system: You are a helpful assistant.
user:
Analyze the provided spectrum to determine if it is a **Carbon Star (C-type)**.

- **Key Visual Indicators of Carbon Star:**
    - **(Primary):** Strong molecular absorption from **C₂ (diatomic carbon) "Swan Bands."** This is the **defining feature** of a carbon star.
        - **(Key Bandheads):** Sharp absorption edges are visible at approximately $5635$ Å, $5165$ Å (the strongest band), and $4737$ Å.
        - **(Line Profile):** Creates a distinct **"saw-tooth"** pattern. The key morphology is a sharp, steep bandhead on the **red (long-wavelength) side**, which then gradually tapers off (i.e., flux recovers) towards the **blue (short-wavelength) side**. *(This is the direct opposite of the TiO bands seen in M-type stars)*.

    - **(Secondary):** Intense **CN (cyanogen)** molecular absorption bands.
        - **(Key Bandheads):** Located in the blue and violet regions of the spectrum (e.g., near $4215$ Å and $3883$ Å).
        - **(Morphology):** These bands are extremely broad and act as a "blanket," absorbing the vast majority of blue and violet light. This creates a characteristic **"cliff"** or **"steep drop-off"** in the spectrum's flux at short wavelengths.

    - **(Key Confirmation):** Strong **CH absorption band (G-band)**.
        - **(Key Bandhead):** Located around $4300$ Å. The contribution from CH molecules to this band is exceptionally strong.

    - **(Overall Spectrum):**
        - The continuum is severely "chopped up" by these deep molecular bands, especially C₂, rather than appearing as a smooth curve.
        - Due to the heavy CN and C₂ absorption in the blue-green, the vast majority of the star's flux is concentrated in the red part of the spectrum, giving the star its characteristic deep red color.

Think first, call **spectral_visualization_tool** if needed to examine features in detail, then provide your final answer. Your response must adhere to the following strict rules:
1.  **Overall Structure:** Your response must follow the format `<think>...</think> <tool_call>...</tool_call> (if a tool is used) <answer>...</answer>`.
2.  **Tool Usage Constraint:** You may only make **one** tool call per turn.
3.  **Final Answer Format:** In the `<answer>` tag, your conclusion must be inside a `\boxed{}` command (e.g., `\boxed{YES}`), followed by your justification.

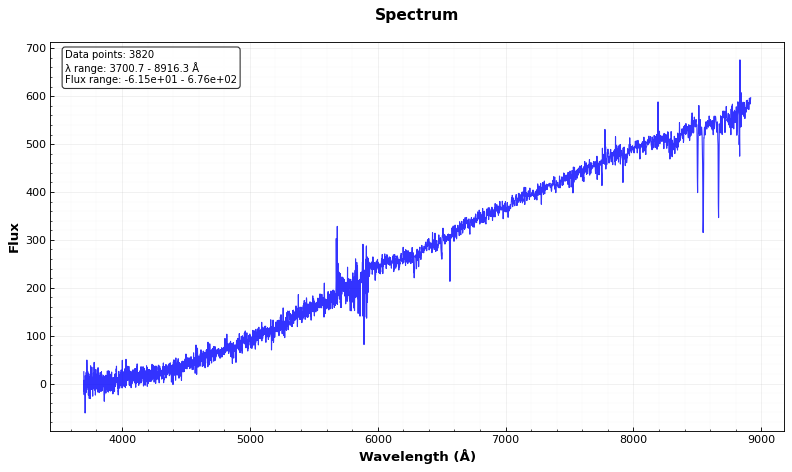
Answer: NO